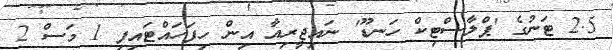
2.5 ޓަނުގެ 'ޕްލާސްޓިކް ހަނޑޫ' ނައިޖީރިއާ އިން ހިފަހައްޓައިފި 1 މަސް 2